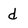
Character: d